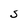
Character: S